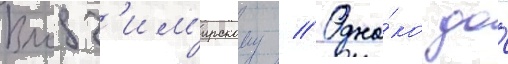
Влодз'им'ирскому // Одна́ко до́